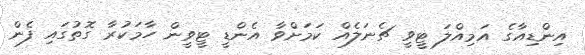
އިންޑިއާގެ އަމިއްލަ ޓީވީ ޗެނަލެއް ކަމަށްވާ އެންޑީ ޓީވީން ހާމަކުރާ ގޮތުގައި ފެން